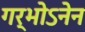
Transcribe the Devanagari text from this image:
गर्भोऽनेन